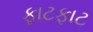
ફાટફાટ